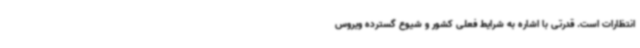
انتظارات است. قدرتی با اشاره به شرایط فعلی کشور و شیوع گسترده ویروس